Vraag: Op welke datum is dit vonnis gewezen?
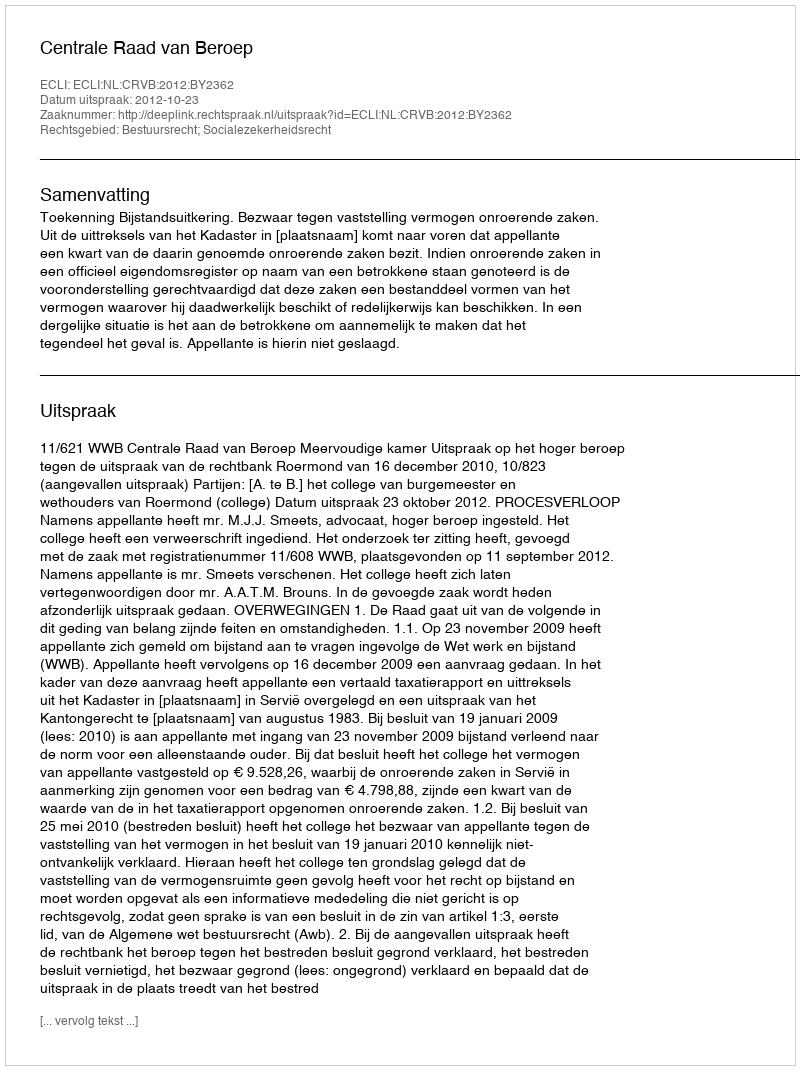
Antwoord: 2012-10-23